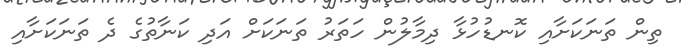
ތިން ތަނަކަށާއި ކޮނޑުހުޅާ ދިމާލުން ހަތަރު ތަނަކަށް އަދި ކަނާތުގެ ދެ ތަނަކަށާއި